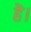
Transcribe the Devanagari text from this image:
हॆ।